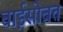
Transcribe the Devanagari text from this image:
बाईसोबत